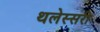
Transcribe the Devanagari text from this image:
थलेस्सरी